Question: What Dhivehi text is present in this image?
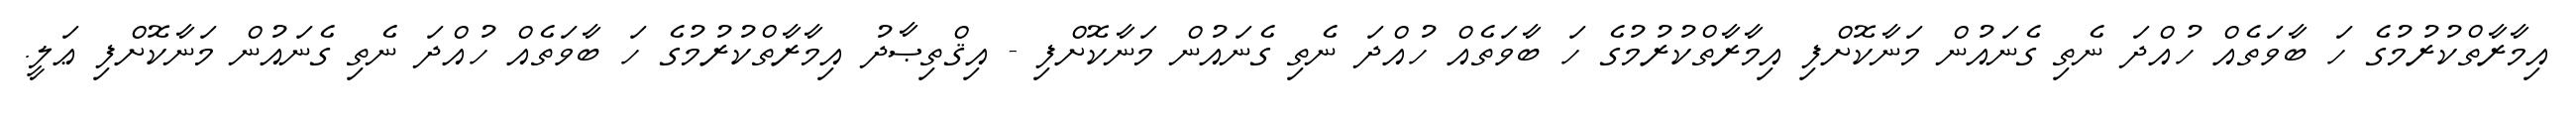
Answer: އިމާރާތްކުރުމުގެ ހަ ބާވަތެއް ހުއްދަ ނެތި ގެނައުން މަނާކޮށްފި އިމާރާތްކުރުމުގެ ހަ ބާވަތެއް ހުއްދަ ނެތި ގެނައުން މަނާކޮށްފި - އިޤްތިޞާދު އިމާރާތްކުރުމުގެ ހަ ބާވަތެއް ހުއްދަ ނެތި ގެނައުން މަނާކޮށްފި ޢަލީ.